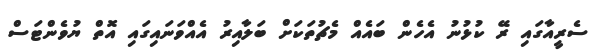
ސެރީއާގައި ރޭ ކުޅުނު އެހެން ބައެއް މެޗުތަކަށް ބަލާއިރު އެއްވަނައިގައި އޮތް ޔުވެންޓަސް